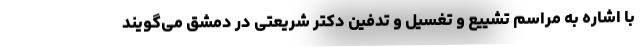
با اشاره به مراسم تشییع و تغسیل و تدفین دکتر شریعتی در دمشق می‌گویند